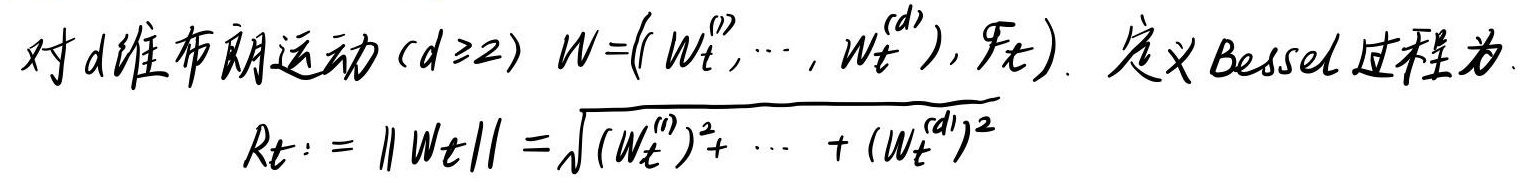
对$d$维布朗运动 ($d\geq2$) $W = ((W_t^{(1)}, \cdots, W_t^{(d)}), \mathcal{F}_t)$. 定义 Bessel 过程为
\[
R_t := \|W_t\| = \sqrt{(W_t^{(1)})^2 + \cdots + (W_t^{(d)})^2}
\]